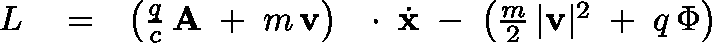
\begin{array} { r l r } { L } & { { } = } & { \left( \frac { q } { c } \, { \bf A } \; + \; m \, { \bf v } \right) \, \mathrm { ~ \boldmath ~ \cdot ~ } \, \dot { \bf x } \; - \; \left( \frac { m } { 2 } \, | { \bf v } | ^ { 2 } \; + \; q \, \Phi \right) } \end{array}